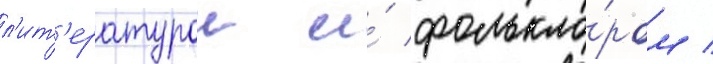
л'ит'ературои и́ фолькло́ром /